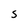
Character: S